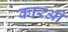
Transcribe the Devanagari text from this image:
कारओ